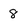
Character: 8